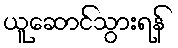
ယူဆောင်သွားရန်